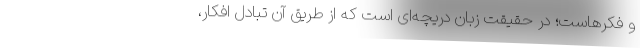
و فکرهاست؛ در حقیقت زبان دریچه‌ای است که از طریق آن تبادل افکار،